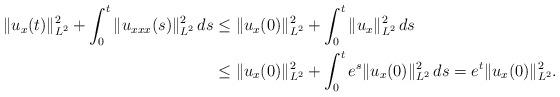
LaTeX: \begin{align*} \|u_x(t)\|_{L^2}^2 + \int_0^t\|u_{xxx}(s)\|_{L^2}^2\,ds &\leq \|u_x(0)\|_{L^2}^2 + \int_0^t\|u_x\|_{L^2}^2\,ds \\&\leq \|u_x(0)\|_{L^2}^2 + \int_0^t e^s\|u_x(0)\|_{L^2}^2\,ds = e^t\|u_x(0)\|_{L^2}^2.\end{align*}